Indian journal of veterinary science and animal husbandry - Volumes 28-29, 1958-1959
Year: 1958
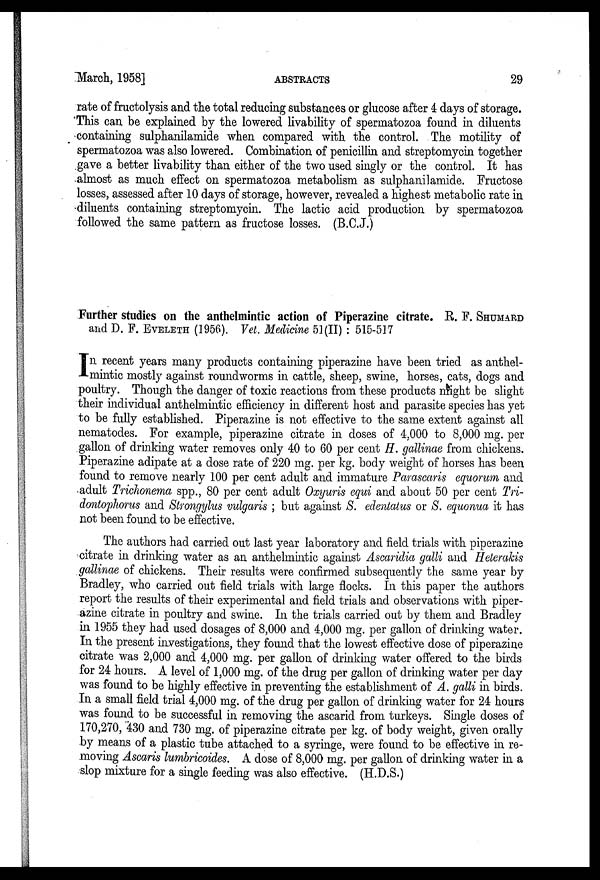
March,
1958]
ABSTRACTS
29
rate of fructolysis and the total reducing substances or glucose after 4 days of storage.
This can be explained by the lowered livability of spermatozoa found in diluents
containing sulphanilamide when compared with the control. The motility of
spermatozoa was also lowered. Combination of penicillin and streptomycin together
gave a better livability than either of the two used singly or the control. It has
almost as much effect on spermatozoa metabolism as sulphanilamide. Fructose
losses, assessed after 10 days of storage, however, revealed a highest metabolic rate in
diluents containing streptomycin. The lactic acid production by spermatozoa
followed the same pattern as fructose losses. (B.C.J.)
Further studies on the anthelmintic action of Piperazine citrate. R. F. SHUMARD
and D. F. EVELETH (1956). Vet. Medicine 51(II) : 515-517
I n recent years many products containing piperazine have been tried as anthel-
mintic mostly against roundworms in cattle, sheep, swine, horses, cats, dogs and
poultry. Though the danger of toxic reactions from these products might be slight
their individual anthelmintic efficiency in different host and parasite species has yet
to be fully established. Piperazine is not effective to the same extent against all
nematodes. For example, piperazine citrate in doses of 4,000 to 8,000 mg. per
gallon of drinking water removes only 40 to 60 per cent H. gallinae from chickens.
Piperazine adipate at a dose rate of 220 mg. per kg. body weight of horses has been
found to remove nearly 100 per cent adult and immature Parascaris equorum and
adult Trichonema spp., 80 per cent adult Oxyuris equi and about 50 per cent Tri-
dontophorus and Strongylus vulgaris ; but against S. edentatus or S. equonua it has
not been found to be effective.
The authors had carried out last year laboratory and field trials with piperazine
citrate in drinking water as an anthelmintic against Ascaridia galli and Heterakis
gallinae of chickens. Their results were confirmed subsequently the same year by
Bradley, who carried out field trials with large flocks. In this paper the authors
report the results of their experimental and field trials and observations with piper-
azine citrate in poultry and swine. In the trials carried out by them and Bradley
in 1955 they had used dosages of 8,000 and 4,000 mg. per gallon of drinking water.
In the present investigations, they found that the lowest effective dose of piperazine
citrate was 2,000 and 4,000 mg. per gallon of drinking water offered to the birds
for 24 hours. A level of 1,000 mg. of the drug per gallon of drinking water per day
was found to be highly effective in preventing the establishment of A. galli in birds.
In a small field trial 4,000 mg. of the drug per gallon of drinking water for 24 hours
was found to be successful in removing the ascarid from turkeys. Single doses of
170,270, 430 and 730 mg. of piperazine citrate per kg. of body weight, given orally
by means of a plastic tube attached to a syringe, were found to be effective in re-
moving Ascaris lumbricoides. A dose of 8,000 mg. per gallon of drinking water in a
slop mixture for a single feeding was also effective. (H.D.S.)